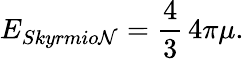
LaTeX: E_{Skyrmio\mathcal{N}}={\frac{{4}}{{3}}}\, 4\pi\mu.